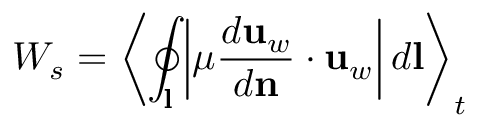
W _ { s } = \left\langle \oint _ { \mathbf { l } } \left| \mu \frac { d \mathbf { u } _ { w } } { d \mathbf { n } } \cdot \mathbf { u } _ { w } \right| d \mathbf { l } \right\rangle _ { t }